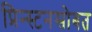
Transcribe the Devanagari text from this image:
प्रिन्स्टनसोबत